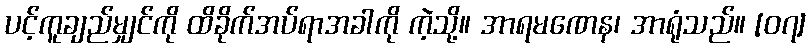
ပင့်ကူချည်မျှင်ကို ထိခိုက်အပ်ရာအခါကို ကဲ့သို့။ အာရမဏေန၊ အာရုံသည်။ [၀၇]